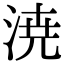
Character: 𣷝